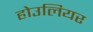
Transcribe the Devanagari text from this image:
होउलियर